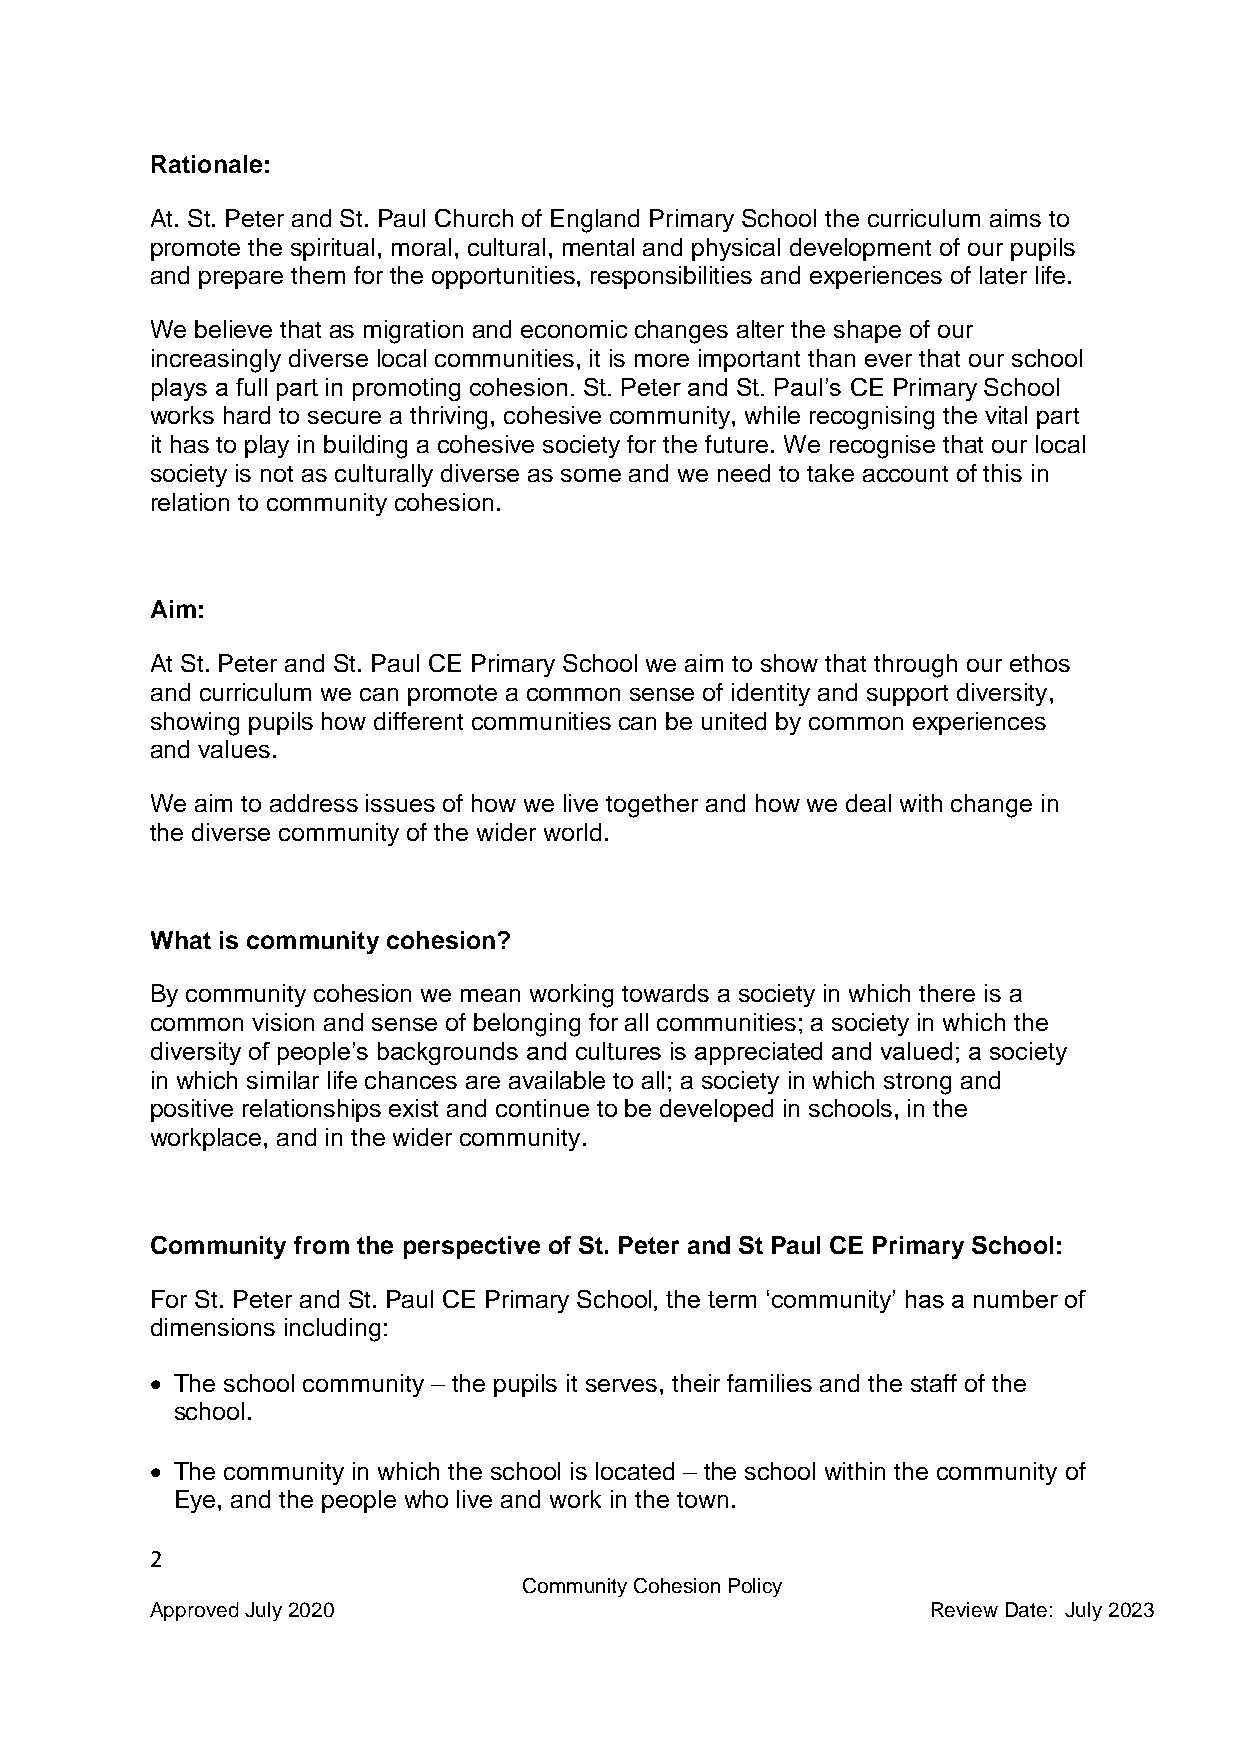
Rationale:
 At. St. Peter and St. Paul Church of England Primary School the curriculum aims to
 promote the spiritual, moral, cultural, mental and physical development of our pupils
 and prepare them for the opportunities, responsibilities and experiences of later life.
 We believe that as migration and economic changes alter the shape of our
 increasingly diverse local communities, it is more important than ever that our school
 plays a full part in promoting cohesion. St. Peter and St. Paul’s CE Primary School
 works hard to secure a thriving, cohesive community, while recognising the vital part
 it has to play in building a cohesive society for the future. We recognise that our local
 society is not as culturally diverse as some and we need to take account of this in
 relation to community cohesion.
 Aim:
 At St. Peter and St. Paul CE Primary School we aim to show that through our ethos
 and curriculum we can promote a common sense of identity and support diversity,
 showing pupils how different communities can be united by common experiences
 and values.
 We aim to address issues of how we live together and how we deal with change in
 the diverse community of the wider world.
 What is community cohesion?
 By community cohesion we mean working towards a society in which there is a
 common vision and sense of belonging for all communities; a society in which the
 diversity of people’s backgrounds and cultures is appreciated and valued; a society
 in which similar life chances are available to all; a society in which strong and
 positive relationships exist and continue to be developed in schools, in the
 workplace, and in the wider community.
 Community from the perspective of St. Peter and St Paul CE Primary School:
 For St. Peter and St. Paul CE Primary School, the term ‘community’ has a number of
 dimensions including:
  The school community – the pupils it serves, their families and the staff of the
 school.
  The community in which the school is located – the school within the community of
 Eye, and the people who live and work in the town.
 2
 Community Cohesion Policy
 Approved July 2020                                  Review Date: July 2023